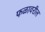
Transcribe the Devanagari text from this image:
फळावरील